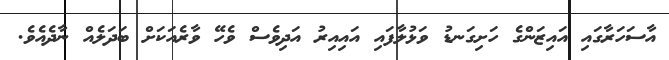
އާސަހަރާގައި އައިޒަންގެ ހަށިގަނޑު ވަޅުލާފައި އައިއިރު އަދިވެސް ވެހޭ ވާރެއަކަށް ބަދަލެއް ނާދެއެވެ.